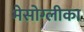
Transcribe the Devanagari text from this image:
मेसोग्लीका